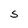
Character: S